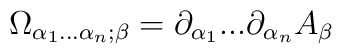
\Omega _{\alpha _{1}...\alpha _{n};\beta }=\partial _{\alpha_{1}}...\partial _{\alpha _{n}}A_{\beta }